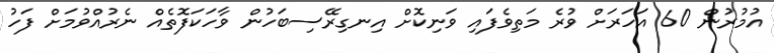
އުމުރުން 60 އަހަރަށް ވުރެ މަތިވެފައި ވަނިކޮށް އިނގިރޭސިބަހުން ވާހަކަފޮތެއް ނެރުއްވުމަށް ފަހު